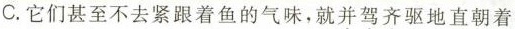
C.它们甚至不去紧跟着鱼的气味，就并驾齐驱地直朝着